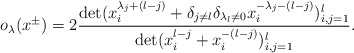
\begin{align*}o_\lambda(x^{\pm})=2\frac{\det(x^{\lambda_j+(l-j)}_i+\delta_{j\neq l}\delta_{\lambda_l\neq 0}x^{-\lambda_j-(l-j)}_i)^l_{i,j=1}}{\det(x^{l-j}_i+x^{-(l-j)}_i)^l_{i,j=1}}.\end{align*}